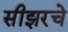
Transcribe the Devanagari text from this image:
सीझरचे